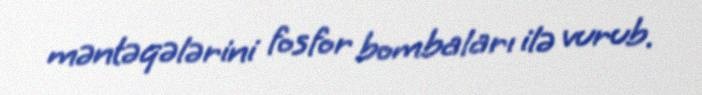
məntəqələrini fosfor bombaları ilə vurub.